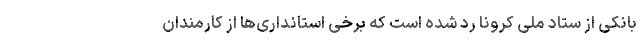
بانکی از ستاد ملی کرونا رد شده است که برخی استانداری‌ها از کارمندان